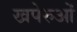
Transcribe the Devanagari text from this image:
खपेरुओं